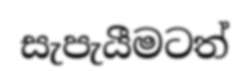
සැපැයීමටත්